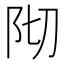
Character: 𮤺